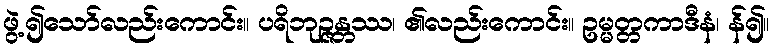
ဖွဲ့၍သော်လည်းကောင်း။ ပရိဘုဉ္ဇန္တဿ၊ ၏လည်းကောင်း။ ဥမ္မတ္တကာဒီနံ၊ န်၍။